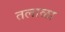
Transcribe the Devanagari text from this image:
तलाळा